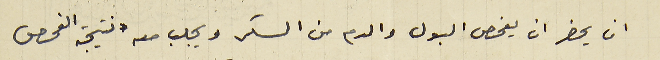
ان يحضر ان يفحص البول والدم من السكر ويجلب معه نتيجة الفحص